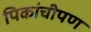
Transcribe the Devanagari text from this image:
पिकांचीपण